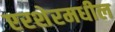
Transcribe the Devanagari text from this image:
एरशेरमधील